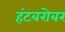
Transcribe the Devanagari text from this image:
हंटबरोबर